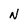
Character: N